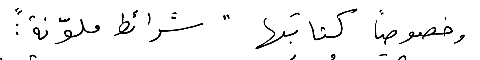
وخصوصاً كتابتها "شرائط ملوّنة":